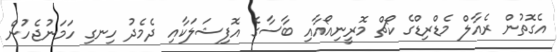
އެގޮތުން ރެއާލް މެޑްރިޑްގެ ކޯޗް މޮރީނިއޯއާއި ބާސާގެ އޮފިޝަލަކާއި ދެމެދު ހިނގި ހަމަނުޖެހުން